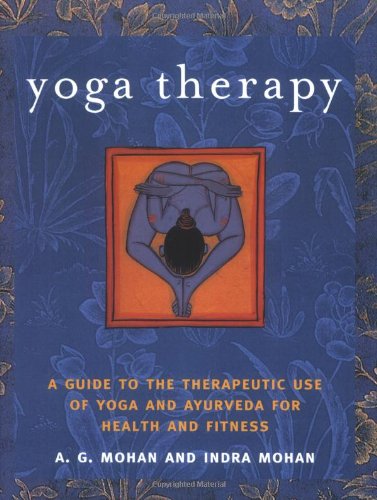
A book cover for Yoga Therapy: A Guide to the Therapeutic Use of Yoga and Ayurveda for Health and Fitness; A.G. Mohan; Health, Fitness & Dieting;